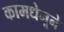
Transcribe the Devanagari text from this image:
कामधेनूने